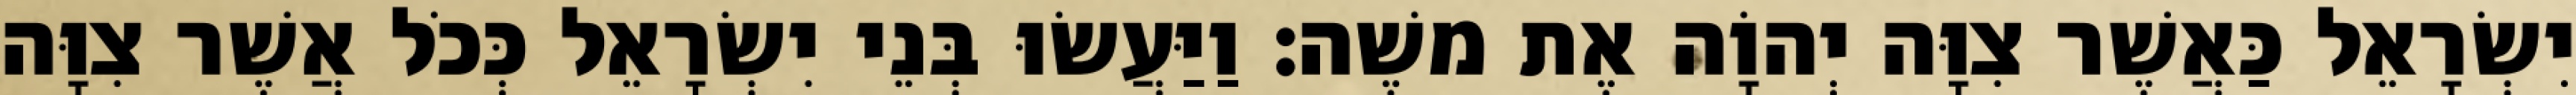
יִשְׂרָאֵל כַּאֲשֶׁר צִוָּה יְהוָֹה אֶת משֶׁה׃ וַיַּעֲשׂוּ בְּנֵי יִשְׂרָאֵל כְּכֹל אֲשֶׁר צִוָּה